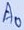
Text: A0